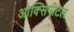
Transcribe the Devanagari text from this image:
ओक्सिपीटल